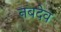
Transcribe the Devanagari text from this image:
नबदेव